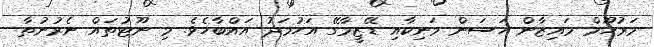
މަރުހޫމް މައިޒާން ހަސަން މަނިކާއި ޑޭޒީމާގޭ އަހުމަދު އައްބާހެވެ. މި ނޫޓުތައް ނެރުނުތާ